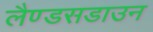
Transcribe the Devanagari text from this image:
लैण्डसडाउन